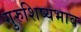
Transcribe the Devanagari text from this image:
गुरुशिष्यभाव